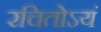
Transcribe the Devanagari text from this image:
रचितोऽयं